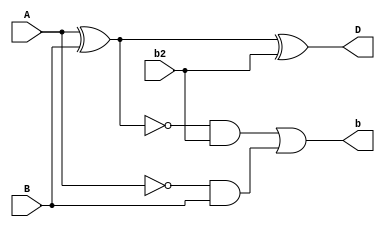
`timescale 1ns / 1ps


module full_subtractor_a(
    input A,
    input B,
    input b2,
    output b,
    output D
    );
    assign D=A^B^b2;
    assign b=~(A^B)&b2|~A&B;
endmodule